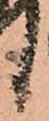
候